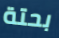
بحتة